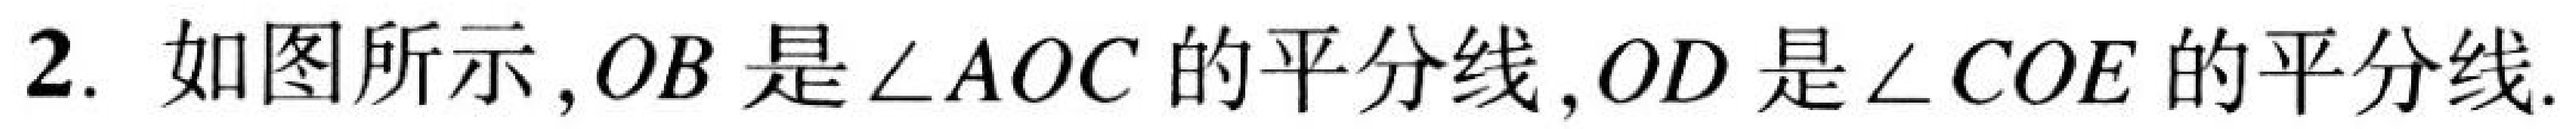
2. 如图所示,$OB$是$\angle AOC$的平分线,$OD$是$\angle COE$的平分线.